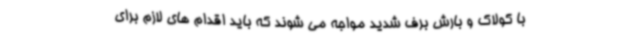
با کولاک و بارش برف شدید مواجه می شوند که باید اقدام های لازم برای